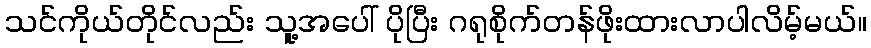
သင်ကိုယ်တိုင်လည်း သူ့အပေါ် ပိုပြီး ဂရုစိုက်တန်ဖိုးထားလာပါလိမ့်မယ်။